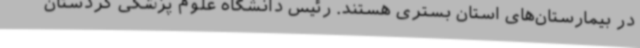
در بیمارستان‌های استان بستری هستند. رئیس دانشگاه علوم پزشکی کردستان